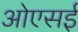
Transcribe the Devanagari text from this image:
ओएसई